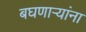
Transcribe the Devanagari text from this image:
बघणाऱ्यांना